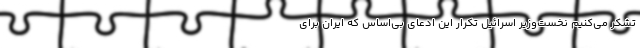
تشکر می‌کنیم نخست‌وزیر اسرائیل تکرار این ادعای بی‌اساس که ایران برای